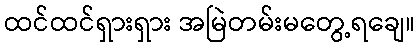
ထင်ထင်ရှားရှား အမြဲတမ်းမတွေ့ရချေ။